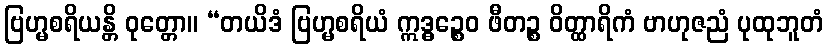
ဗြဟ္မစရိယန္တိ ဝုတ္တော။ “တယိဒံ ဗြဟ္မစရိယံ ဣဒ္ဓဉ္စေဝ ဖီတဉ္စ ဝိတ္ထာရိကံ ဗာဟုဇညံ ပုထုဘူတံ